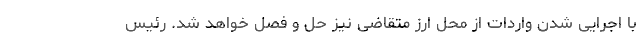
با اجرایی شدن واردات از محل ارز متقاضی نیز حل و فصل خواهد شد. رئیس